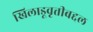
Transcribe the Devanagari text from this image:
खिलाडूवृत्तीबद्दल